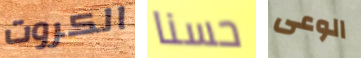
الكروت حسنا الوعى